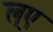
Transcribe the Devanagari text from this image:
ल्ए